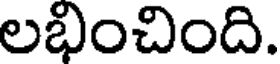
లభించింది.